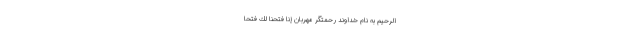
الرَّحِيمِ به نام خداوند رحمتگر مهربان إِنَّا فَتَحْنَا لَكَ فَتْحًا